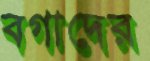
বগাদের